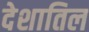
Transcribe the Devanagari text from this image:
देशातिल